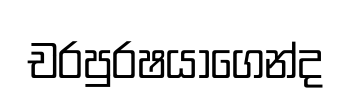
චරපුරෂයාගෙන්ද